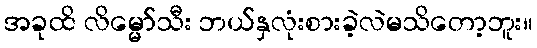
အခုထိ လိမ္မော်သီး ဘယ်နှလုံးစားခဲ့လဲမသိတော့ဘူး။